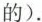
的).